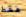
فقط